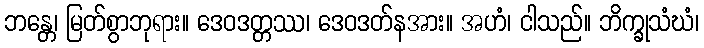
ဘန္တေ၊ မြတ်စွာဘုရား။ ဒေဝဒတ္တဿ၊ ဒေဝဒတ်နအား။ အဟံ၊ ငါသည်။ ဘိက္ခုသံဃံ၊